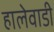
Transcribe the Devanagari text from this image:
हालेवाडी